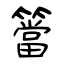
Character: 簹